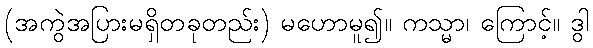
(အကွဲအပြားမရှိတခုတည်း) မဟောမူ၍။ ကသ္မာ၊ ကြောင့်။ ဒွါ